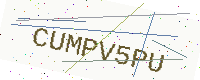
Text: CUMPV5PU